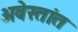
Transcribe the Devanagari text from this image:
अवेस्तांत